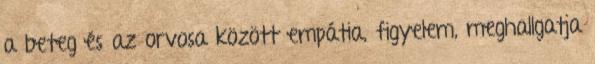
a beteg és az orvosa között empátia, figyelem, meghallgatja